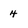
Character: 4